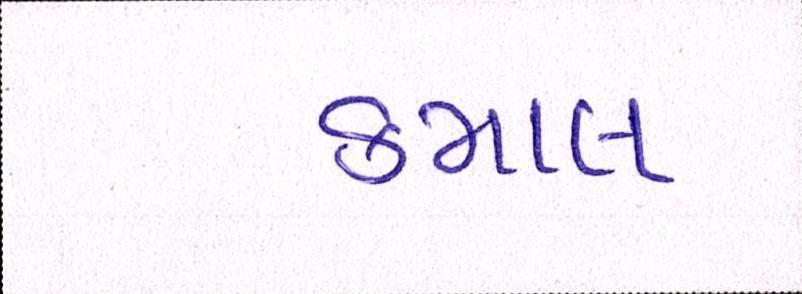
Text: કમાલ